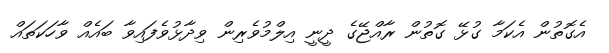
އެގޮތުން އެކަމާ ގުޅޭ ގޮތުން ރާއްޖޭގެ ދީނީ އިލްމުވެރިން ވިދާޅުވެފައިވާ ބައެއް ވާހަކަތައް